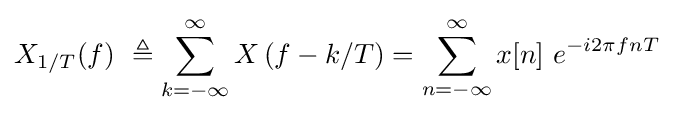
X_{1/T}(f)\ \triangleq \sum _{k=-\infty }^{\infty }X\left(f-k/T\right)=\sum _{n=-\infty }^{\infty }x[n]\ e^{-i2\pi fnT}